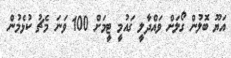
އަޔޫ ބޮލުން ގޯލަށް ވައްދާލީ ގައުމީ ޓީމަށް 100 ވަނަ މެޗު ކުޅެމުން